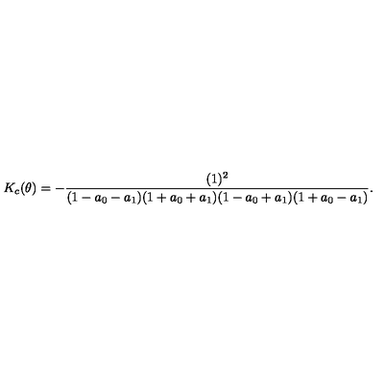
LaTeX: K _ { c } ( \theta ) = - \frac { ( 1 ) ^ { 2 } } { ( 1 - a _ { 0 } - a _ { 1 } ) ( 1 + a _ { 0 } + a _ { 1 } ) ( 1 - a _ { 0 } + a _ { 1 } ) ( 1 + a _ { 0 } - a _ { 1 } ) } .